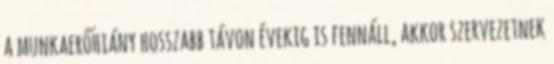
a munkaerőhiány hosszabb távon évekig is fennáll, akkor szervezetnek